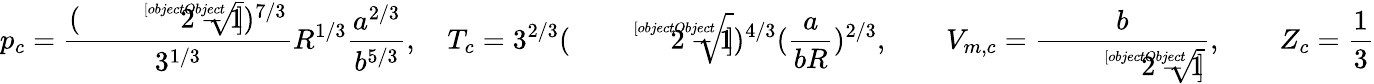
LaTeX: p_{c}={\frac{({\sqrt[[objectObject]]{2}}-1)^{7/3}}{3^{1/3}}}R^{1/3}{\frac{a^{2/3}}{b^{5/3}}},\quad T_{c}=3^{2/3}({\sqrt[[objectObject]]{2}}-1)^{4/3}({\frac{a}{bR}})^{2/3},\qquad V_{m,c}={\frac{b}{{\sqrt[[objectObject]]{2}}-1}},\qquad Z_{c}={\frac{1}{3}}